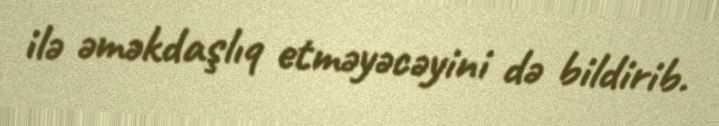
ilə əməkdaşlıq etməyəcəyini də bildirib.